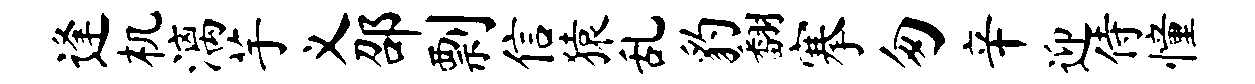
逢机漓芋义邵剽信猿乱豹翻搴匆辛迎侍憧